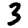
Digit: 3